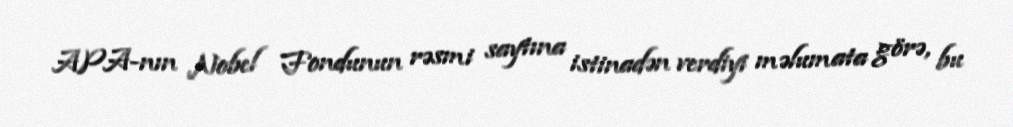
APA-nın Nobel Fondunun rəsmi saytına istinadən verdiyi məlumata görə, bu